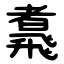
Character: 䬡